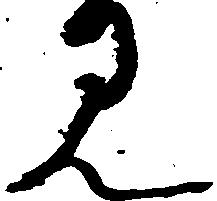
見